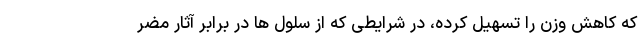
که کاهش وزن را تسهیل کرده، در شرایطی که از سلول ها در برابر آثار مضر